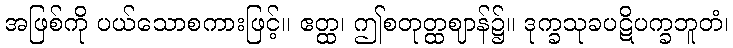
အဖြစ်ကို ပယ်သောစကားဖြင့်။ ဧတ္ထ၊ ဤစတုတ္ထဈာန်၌။ ဒုက္ခသုခပဋိပက္ခဘူတံ၊